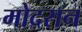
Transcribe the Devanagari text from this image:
मोदरान